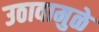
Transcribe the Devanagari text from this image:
उठावामुळे